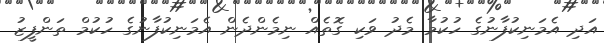
އަދި އެމަނިކުފާނުގެ ހުކުމާ މެދު ވަކި ގޮތެއް ނިމެންދެން އެމަނިކުފާނުގެ ހުކުމް ތަންފީޒު